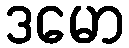
ဒမော